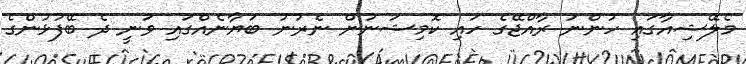
މެލޭޝިއާގައި ހުންނަ ރާއްޖޭގެ ހައި ކޮމިޝަނުން ނެރުނު ބަޔާނެއްގައި ވަނީ ދެ ބޭފުޅުންގެ